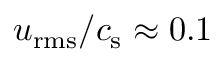
u _ { \mathrm { r m s } } / c _ { \mathrm { s } } \approx 0 . 1